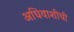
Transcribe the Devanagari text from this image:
अधिवाशीची